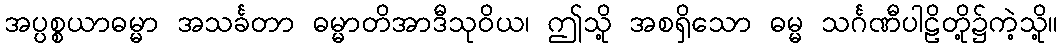
အပ္ပစ္စယာဓမ္မာ အသင်္ခတာ ဓမ္မာတိအာဒီသုဝိယ၊ ဤသို့ အစရှိသော ဓမ္မ သင်္ဂဏီပါဠိတို့၌ကဲ့သို့။